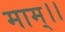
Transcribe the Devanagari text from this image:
माम्।।